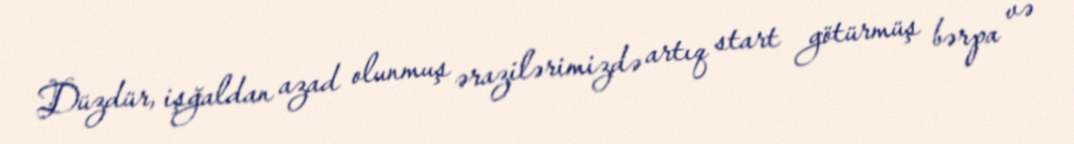
Düzdür, işğaldan azad olunmuş ərazilərimizdə artıq start götürmüş bərpa və